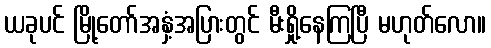
ယခုပင် မြို့တော်အနှံ့အပြားတွင် မီးရှို့နေကြပြီ မဟုတ်လော။